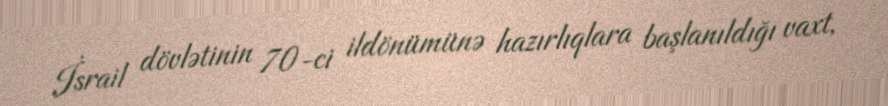
İsrail dövlətinin 70-ci ildönümünə hazırlıqlara başlanıldığı vaxt,